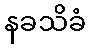
နခသိခံ